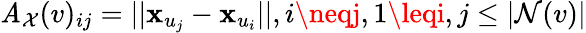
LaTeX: \mathit{A}_{\mathcal{{X}}}(v)_{ij}=||\mathbf{{x}}_{u_{j}}-\mathbf{{x}}_{u_{i}}||,i\neqj,1\leqi,j\leq|\mathcal{{N}}(v)|